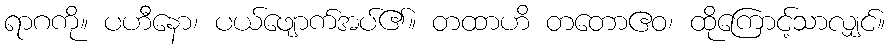
ရာဂကို။ ပဟီနော၊ ပယ်ဖျောက်အပ်၏။ တထာဟိ တတောဧဝ၊ ထိုကြောင့်သာလျှင်။